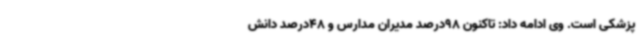
پزشکی است. وی ادامه داد: تاکنون 98درصد مدیران مدارس و 48درصد دانش